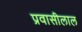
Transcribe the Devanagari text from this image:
प्रवासीलाल